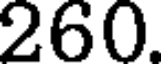
260.